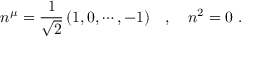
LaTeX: n ^ { \mu } = \frac { 1 } { \sqrt { 2 } } \, ( 1 , 0 , \cdots , - 1 ) \ \ \ , \ \ \ n ^ { 2 } = 0 \ .